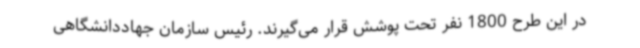
در این طرح 1800 نفر تحت پوشش قرار می‌گیرند. رئیس سازمان جهاددانشگاهی